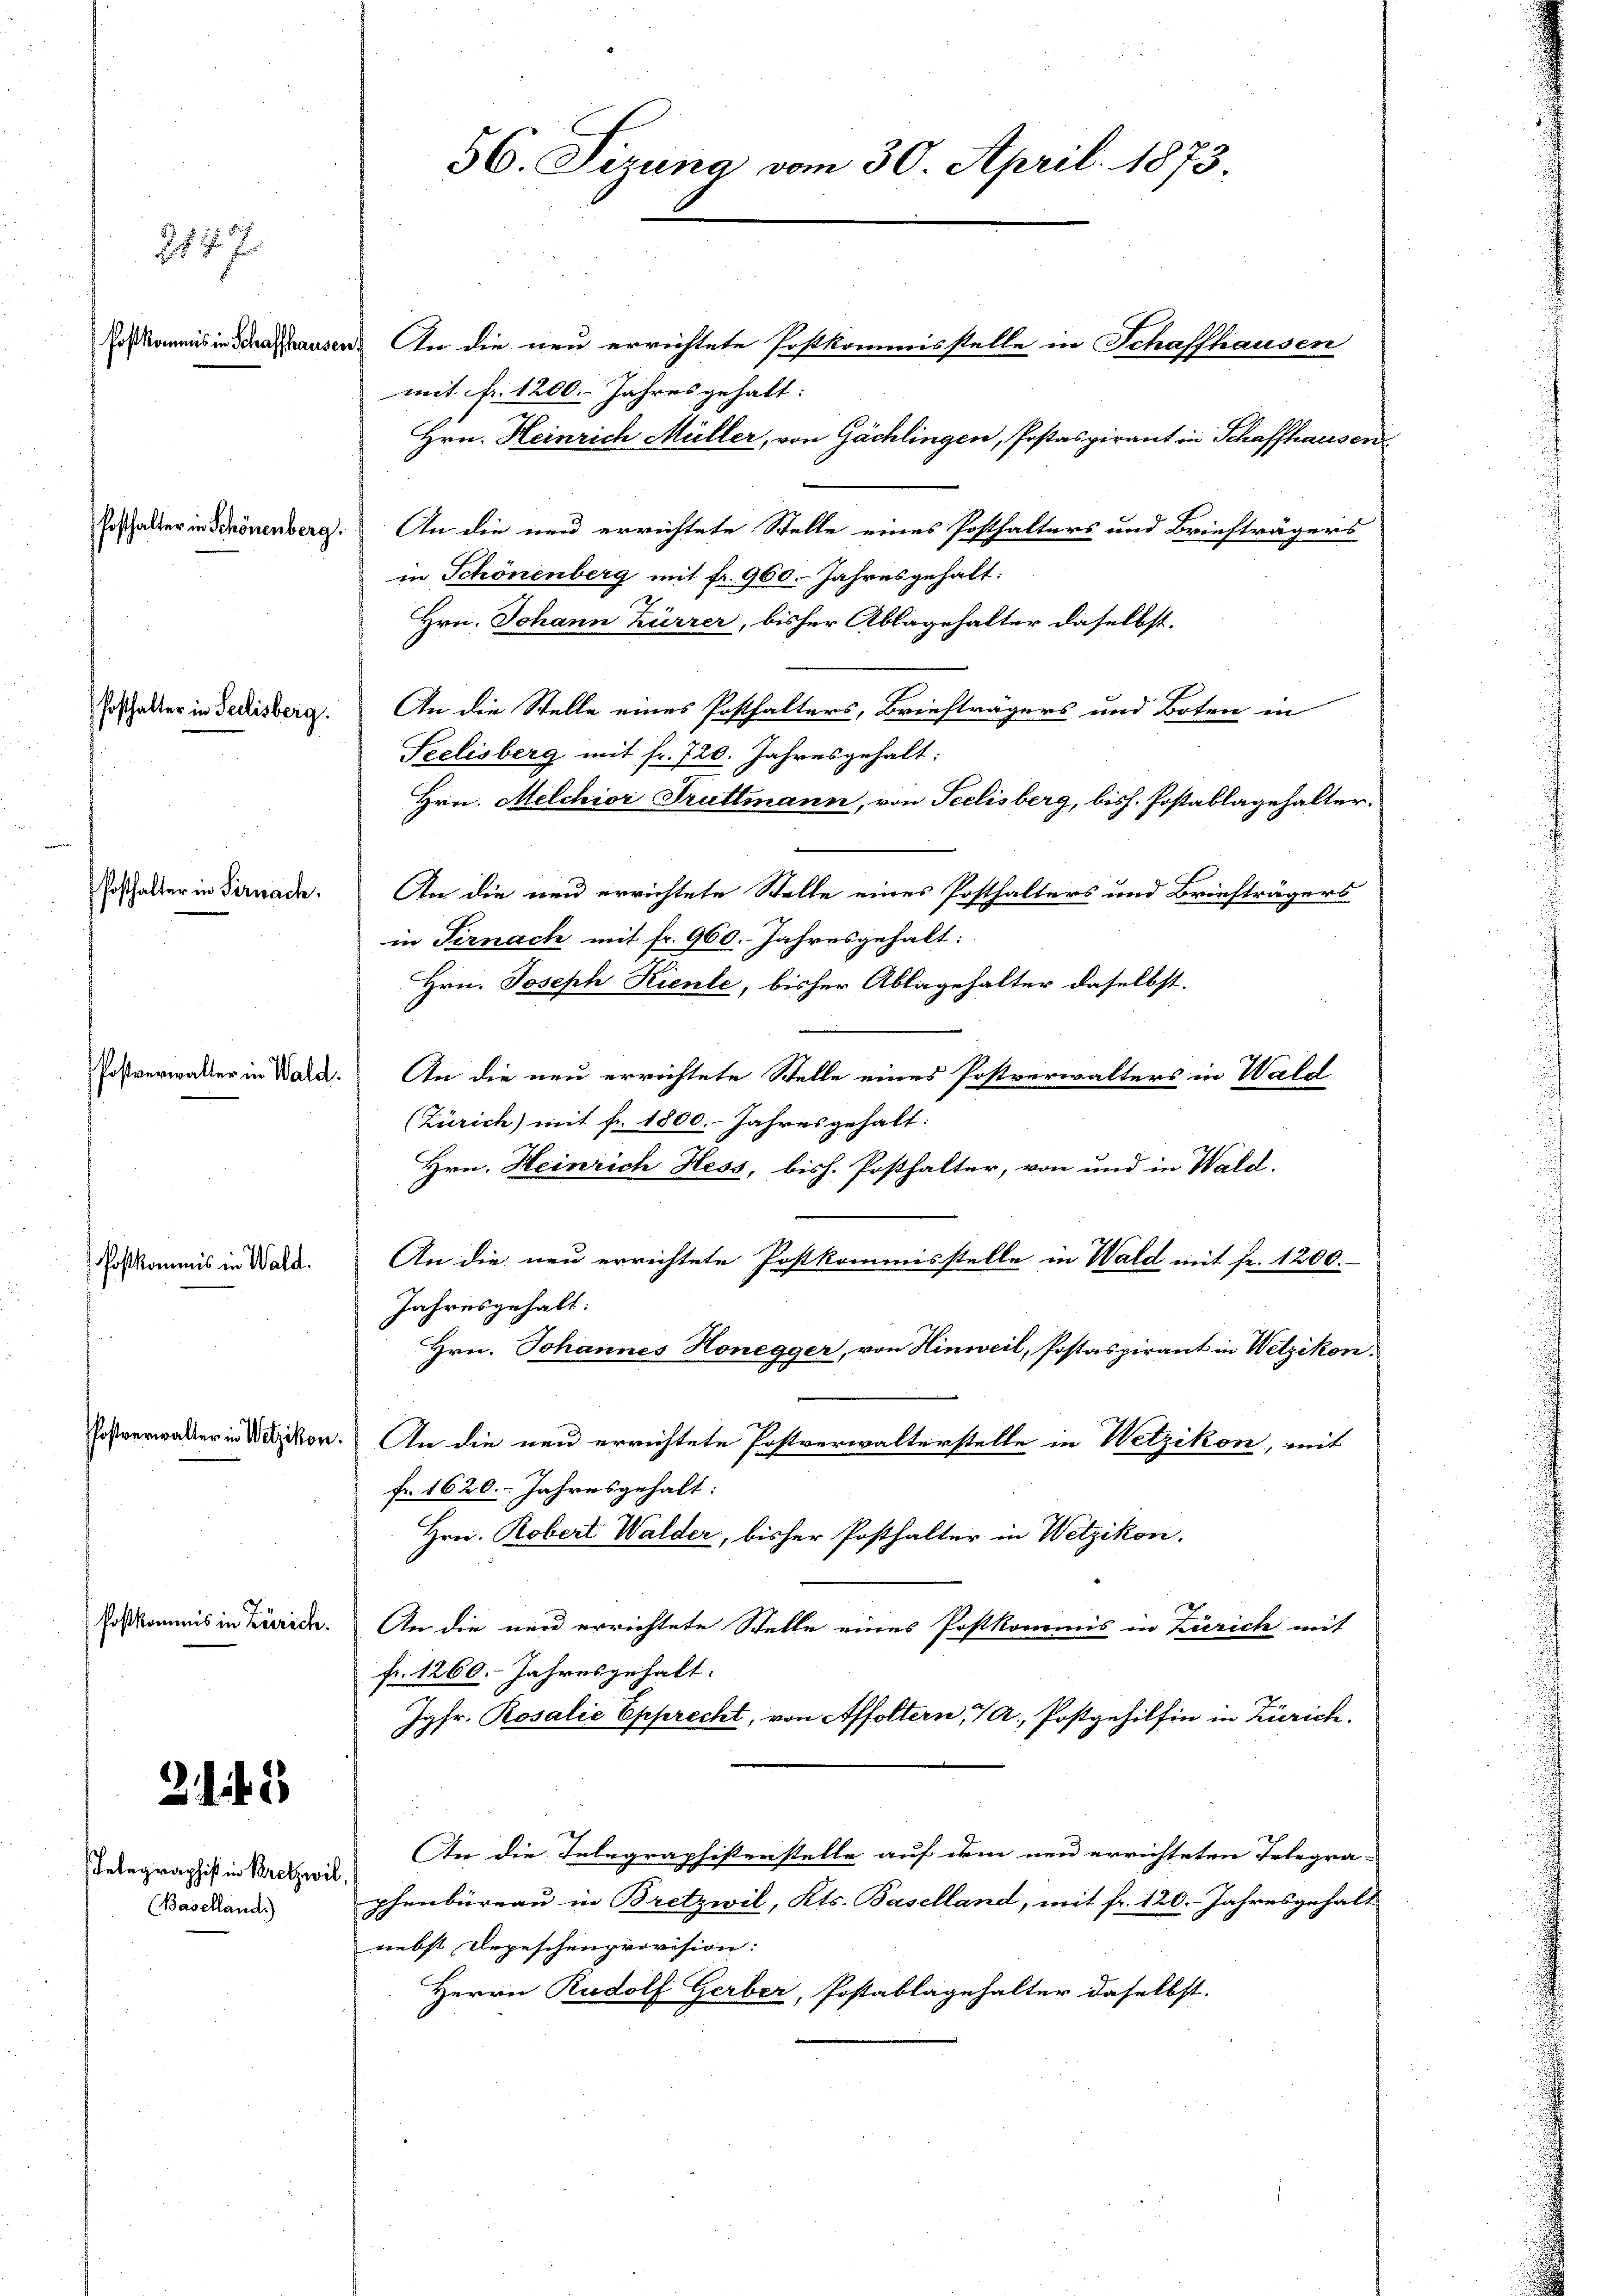
Postkommis in Schaffhausen. An die neu errichtete Postkommisstelle in Schaffhausen
mit fr. 1200. Jahres gehalt:
Hrn. Heinrich Müller, von Gächlingen, Postaspirant in Schaffhausen
Erschalter in Schönenberg. An die neu errichtete Stelle eines Posthalters und Briefträgers
in Schönenberg mit fr. 960. Jahresgehalt:
Hrn. Johann Zürrer, bisher Ablagehalter daselbst,
Erschalter in Gedisberg. An die Stelle eines Posthalters, Briefträgers und Boten in
Seelisberg mit fr. 720. Jahresgehalt:
Hrn. Melchior Truttmann, von Seelisberg, bish. Postablagehalter.
Posthalter in Sirnach.
An die neu errichtete Stelle eines Posthalters und Briefträgers
in Ternach mit fr. 960. Jahresgehalt:
Hrn. Joseph Kiente, bisher Ablagehalter daselbst.
Postverwalter in Ware. An die neu errichtete Stelle eines Postverwalters in Wald
(Zürich) mit fr. 1800.- Jahresgehalt:
Hrn. Heinrich Hess, bish. Posthalter, von und in Wald.
An die neu errichtete Postkommisstelle in Wald mit fr. 1200.
Postkommis in Wald.
Jahresgehalt:
Hrn. Johannes Honegger, von Hinweil, Postaspirant in Wetzikon,
Erstverwalter in Wacken. An die neu errichtete Postverwalterstelle in Wetzikon, mit
fr. 1620. Jahresgehalt:
Hrn. Robert Walder, bisher Posthalter in Wetzikon.
Postkommis in Zürich. An die neu errichtete Stelle eines Postkommis in Zürich mit
fr. 1260. Jahresgehalt.
Jgfr. Rosalić Epprecht, von Affoltern, 7 A., Postgehilfen in Zürich.
2115
An die Telegraphistenstelle auf dem neu errichteten Telegra-
Telegraphist in Kretzwil,
phenbureau in Bretzwil, Kts. Baselland, mit fr. 120. Jahresgehalt
(Baselland)
nebst Depeschenprovision:
Herrn Rudolf Gerber, Postablagehalter daselbst.

2147

56. Sizung vom 30. April 1873.